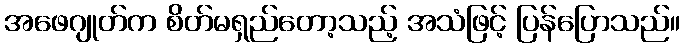
အဖေဂျုတ်က စိတ်မရှည်တော့သည့် အသံဖြင့် ပြန်ပြောသည်။